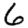
Digit: 6